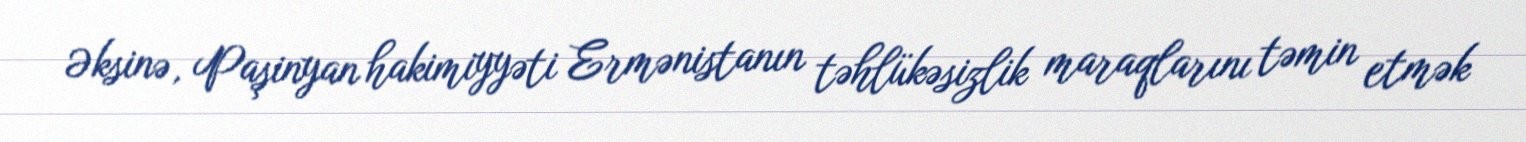
Əksinə, Paşinyan hakimiyyəti Ermənistanın təhlükəsizlik maraqlarını təmin etmək